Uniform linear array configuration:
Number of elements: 8
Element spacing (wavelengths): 0.25
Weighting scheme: hann
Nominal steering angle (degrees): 0
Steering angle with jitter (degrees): -1.427
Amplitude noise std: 0.05
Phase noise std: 0.05

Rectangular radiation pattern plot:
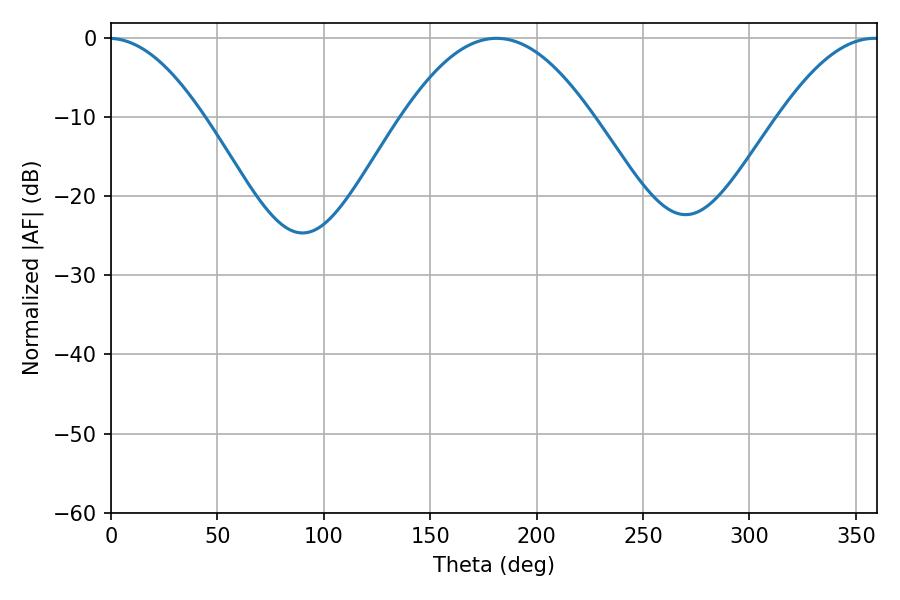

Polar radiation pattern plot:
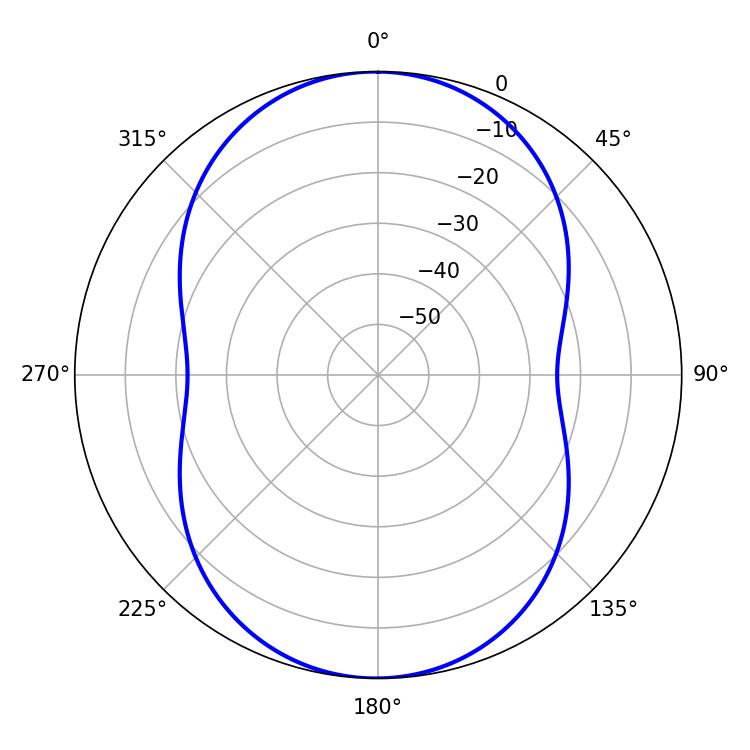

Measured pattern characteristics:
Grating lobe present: FALSE
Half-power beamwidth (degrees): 48.6
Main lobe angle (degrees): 181.26